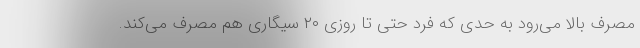
مصرف بالا می‌رود به حدی که فرد حتی تا روزی ۲۰ سیگاری هم مصرف می‌کند.